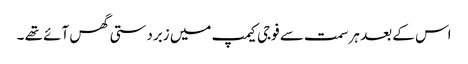
اس کے بعد ہر سمت سے فوجی کیمپ میں زبردستی گھس آئے تھے ۔